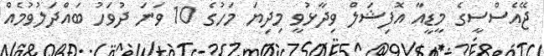
ޖޭއެސްސީގެ މީޑީއާ އޮފިޝަލް ވިދާޅުވީ މިދިޔަ މަހުގެ 10 ވަނަ ދުވަހު ބައްދަލުވުމެއް